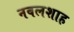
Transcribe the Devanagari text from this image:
नवलशाह